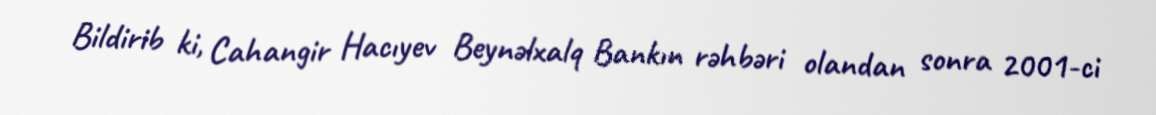
Bildirib ki, Cahangir Hacıyev Beynəlxalq Bankın rəhbəri olandan sonra 2001-ci